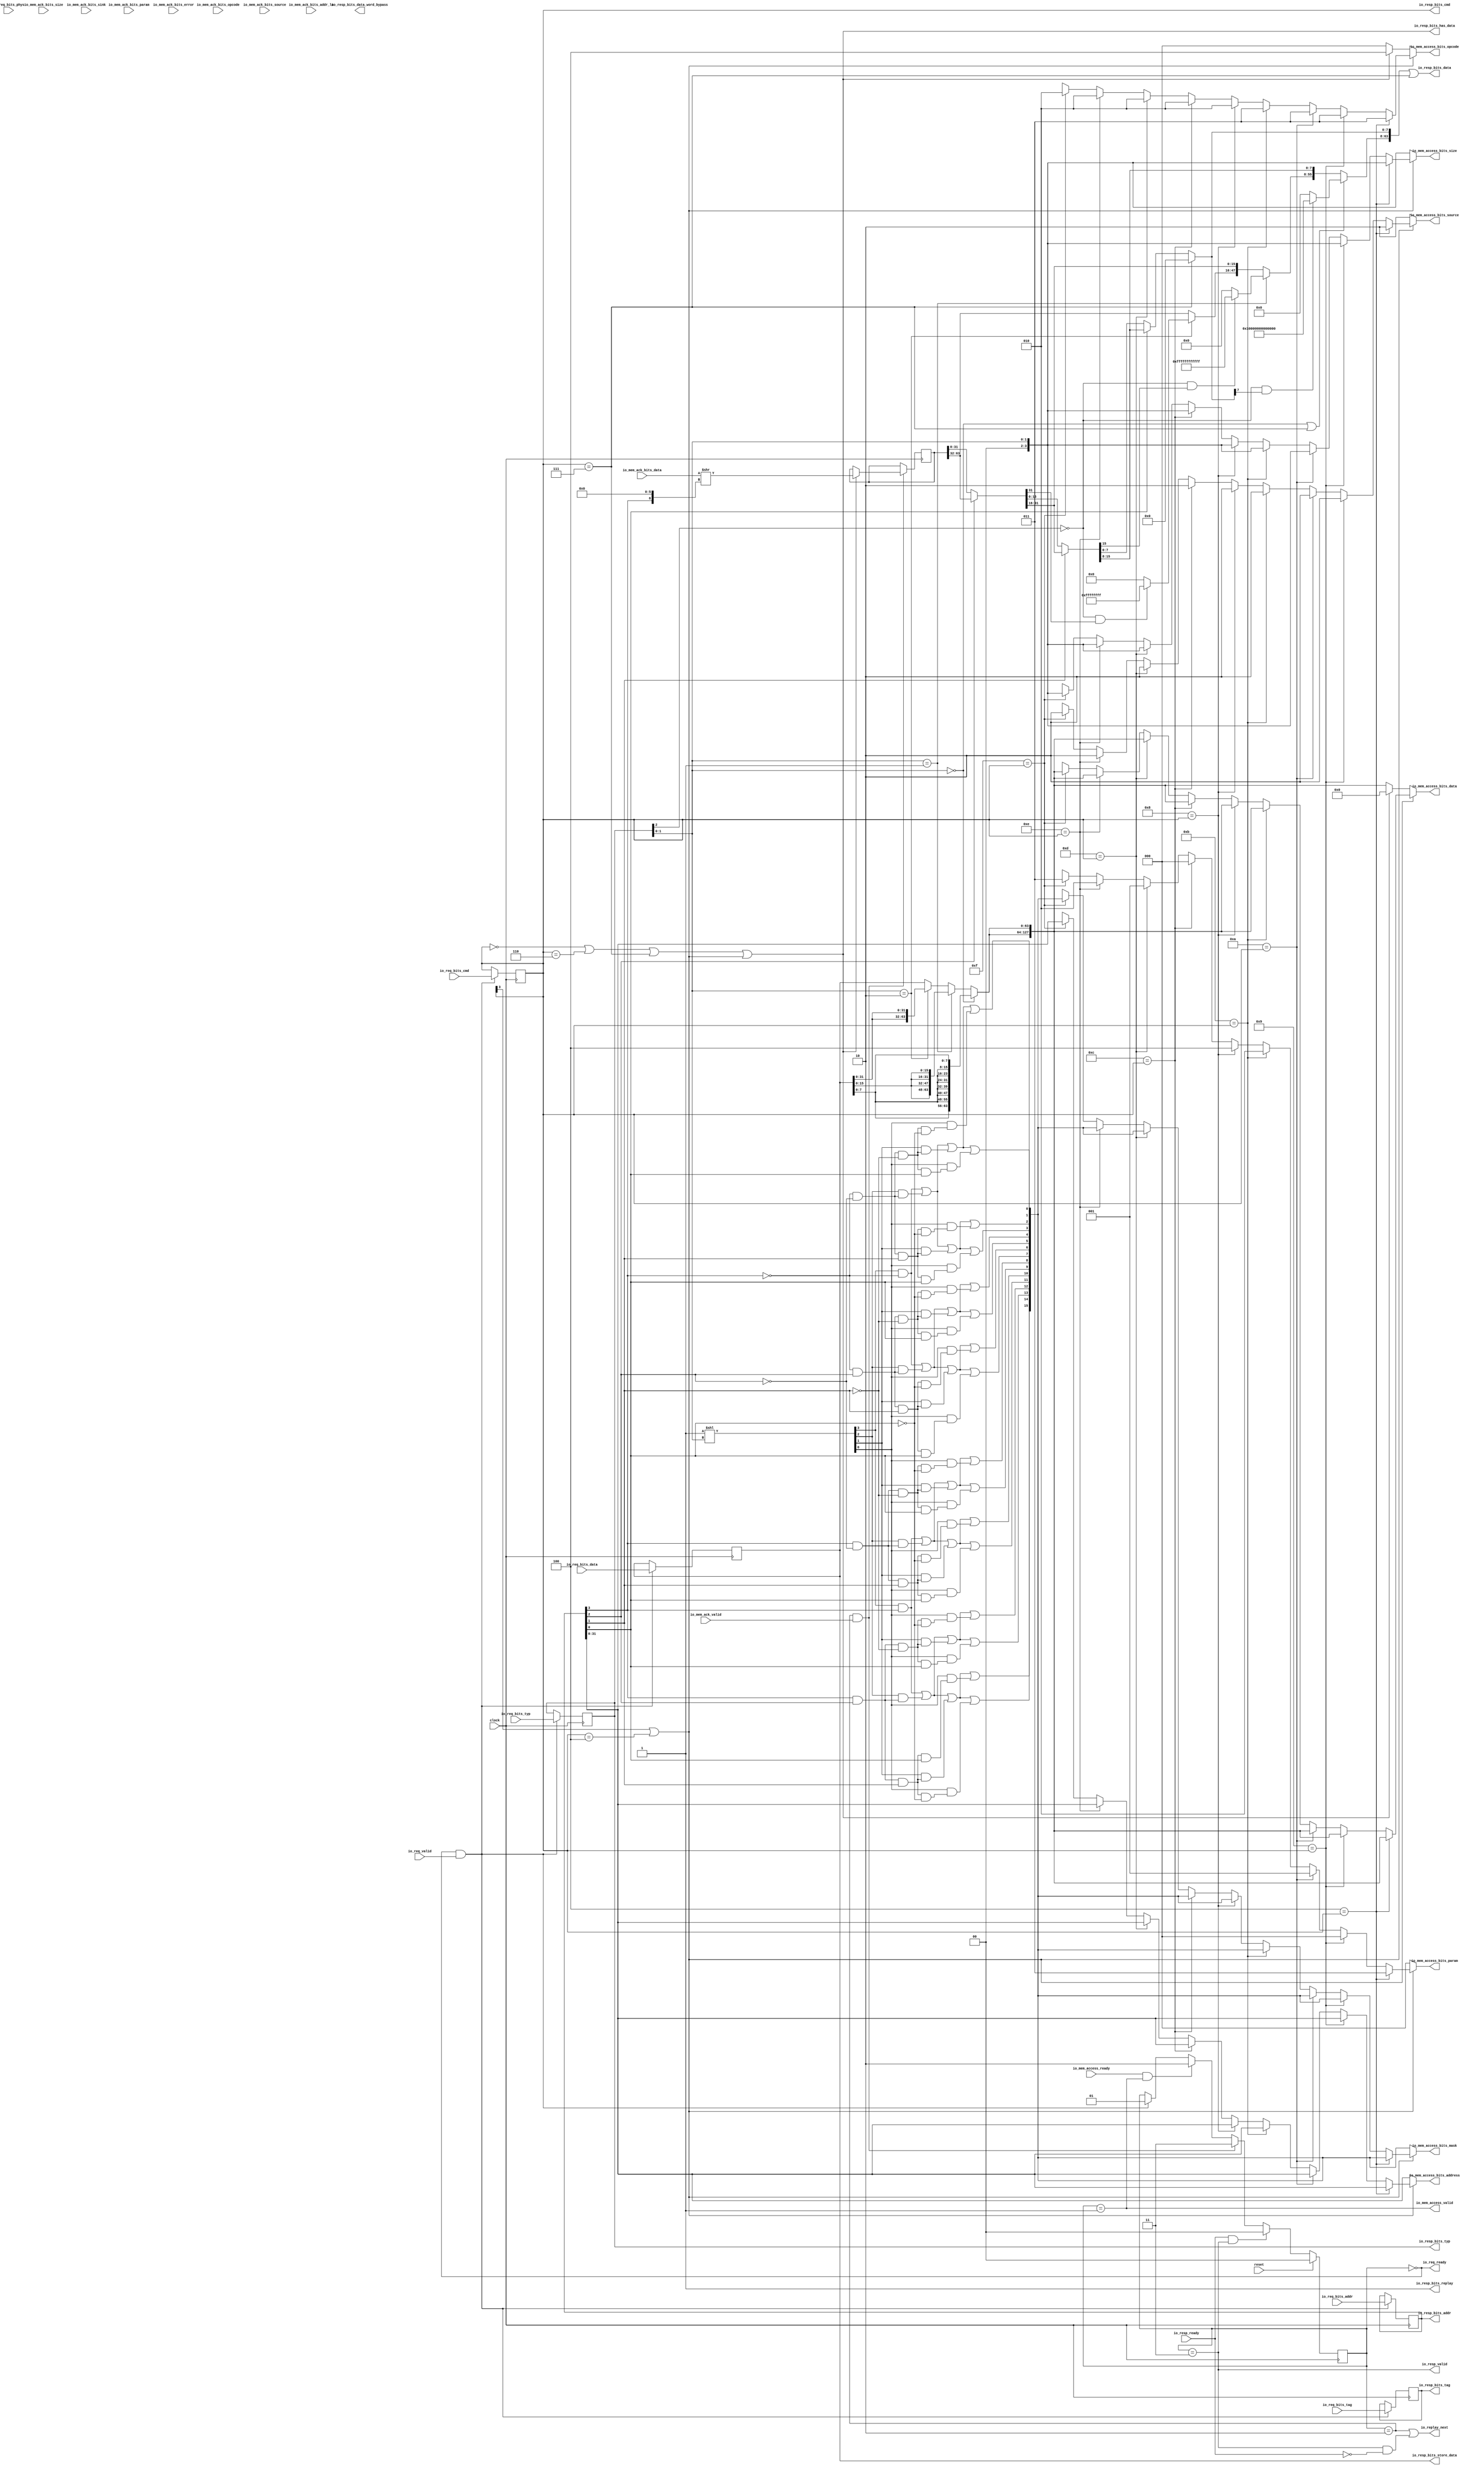
module IOMSHR(
  input   clock,
  input   reset,
  output  io_req_ready,
  input   io_req_valid,
  input  [39:0] io_req_bits_addr,
  input  [6:0] io_req_bits_tag,
  input  [4:0] io_req_bits_cmd,
  input  [2:0] io_req_bits_typ,
  input   io_req_bits_phys,
  input  [63:0] io_req_bits_data,
  input   io_resp_ready,
  output  io_resp_valid,
  output [39:0] io_resp_bits_addr,
  output [6:0] io_resp_bits_tag,
  output [4:0] io_resp_bits_cmd,
  output [2:0] io_resp_bits_typ,
  output [63:0] io_resp_bits_data,
  output  io_resp_bits_replay,
  output  io_resp_bits_has_data,
  output [63:0] io_resp_bits_data_word_bypass,
  output [63:0] io_resp_bits_store_data,
  input   io_mem_access_ready,
  output  io_mem_access_valid,
  output [2:0] io_mem_access_bits_opcode,
  output [2:0] io_mem_access_bits_param,
  output [3:0] io_mem_access_bits_size,
  output [1:0] io_mem_access_bits_source,
  output [31:0] io_mem_access_bits_address,
  output [15:0] io_mem_access_bits_mask,
  output [127:0] io_mem_access_bits_data,
  input   io_mem_ack_valid,
  input  [2:0] io_mem_ack_bits_opcode,
  input  [1:0] io_mem_ack_bits_param,
  input  [3:0] io_mem_ack_bits_size,
  input  [1:0] io_mem_ack_bits_source,
  input  [3:0] io_mem_ack_bits_sink,
  input  [3:0] io_mem_ack_bits_addr_lo,
  input  [127:0] io_mem_ack_bits_data,
  input   io_mem_ack_bits_error,
  output  io_replay_next
);
  reg [39:0] req_addr;
  reg [63:0] _GEN_21;
  reg [6:0] req_tag;
  reg [31:0] _GEN_22;
  reg [4:0] req_cmd;
  reg [31:0] _GEN_23;
  reg [2:0] req_typ;
  reg [31:0] _GEN_24;
  reg  req_phys;
  reg [31:0] _GEN_25;
  reg [63:0] req_data;
  reg [63:0] _GEN_26;
  wire  req_cmd_sc;
  reg [63:0] grant_word;
  reg [63:0] _GEN_27;
  reg [1:0] state;
  reg [31:0] _GEN_28;
  wire  _T_179;
  wire [1:0] a_size;
  wire  _T_180;
  wire  _T_182;
  wire  _T_185;
  wire [7:0] _T_186;
  wire [15:0] _T_187;
  wire [31:0] _T_188;
  wire [63:0] _T_189;
  wire  _T_191;
  wire [15:0] _T_192;
  wire [31:0] _T_193;
  wire [63:0] _T_194;
  wire  _T_196;
  wire [31:0] _T_197;
  wire [63:0] _T_198;
  wire [63:0] _T_199;
  wire [63:0] _T_200;
  wire [63:0] _T_201;
  wire [127:0] a_data;
  wire [39:0] _T_203;
  wire [40:0] _T_204;
  wire [40:0] _T_206;
  wire [40:0] _T_207;
  wire  _T_209;
  wire [39:0] _T_211;
  wire [40:0] _T_212;
  wire [40:0] _T_214;
  wire [40:0] _T_215;
  wire  _T_217;
  wire [40:0] _T_220;
  wire [40:0] _T_222;
  wire [40:0] _T_223;
  wire  _T_225;
  wire [39:0] _T_227;
  wire [40:0] _T_228;
  wire [40:0] _T_230;
  wire [40:0] _T_231;
  wire  _T_233;
  wire [39:0] _T_235;
  wire [40:0] _T_236;
  wire [40:0] _T_238;
  wire [40:0] _T_239;
  wire  _T_241;
  wire [39:0] _T_243;
  wire [40:0] _T_244;
  wire [40:0] _T_246;
  wire [40:0] _T_247;
  wire  _T_249;
  wire [39:0] _T_251;
  wire [40:0] _T_252;
  wire [40:0] _T_254;
  wire [40:0] _T_255;
  wire  _T_257;
  wire  _T_268_0;
  wire  _T_268_1;
  wire  _T_268_2;
  wire  _T_268_3;
  wire  _T_268_4;
  wire  _T_268_5;
  wire  _T_268_6;
  wire  _T_335;
  wire  _T_336;
  wire  _T_337;
  wire  _T_338;
  wire  _T_339;
  wire  _T_340;
  wire  _T_341;
  wire [2:0] get_opcode;
  wire [2:0] get_param;
  wire [3:0] get_size;
  wire [1:0] get_source;
  wire [31:0] get_address;
  wire [15:0] get_mask;
  wire [127:0] get_data;
  wire [3:0] _T_361;
  wire  _T_366;
  wire  _T_367;
  wire  _T_369;
  wire  _T_371;
  wire  _T_374;
  wire  _T_376;
  wire  _T_377;
  wire  _T_379;
  wire  _T_380;
  wire  _T_381;
  wire  _T_382;
  wire  _T_383;
  wire  _T_384;
  wire  _T_385;
  wire  _T_386;
  wire  _T_387;
  wire  _T_388;
  wire  _T_389;
  wire  _T_390;
  wire  _T_391;
  wire  _T_392;
  wire  _T_393;
  wire  _T_395;
  wire  _T_396;
  wire  _T_397;
  wire  _T_398;
  wire  _T_399;
  wire  _T_400;
  wire  _T_401;
  wire  _T_402;
  wire  _T_403;
  wire  _T_404;
  wire  _T_405;
  wire  _T_406;
  wire  _T_407;
  wire  _T_408;
  wire  _T_409;
  wire  _T_410;
  wire  _T_411;
  wire  _T_412;
  wire  _T_413;
  wire  _T_414;
  wire  _T_415;
  wire  _T_416;
  wire  _T_417;
  wire  _T_418;
  wire  _T_419;
  wire  _T_420;
  wire  _T_421;
  wire  _T_423;
  wire  _T_424;
  wire  _T_425;
  wire  _T_426;
  wire  _T_427;
  wire  _T_428;
  wire  _T_429;
  wire  _T_430;
  wire  _T_431;
  wire  _T_432;
  wire  _T_433;
  wire  _T_434;
  wire  _T_435;
  wire  _T_436;
  wire  _T_437;
  wire  _T_438;
  wire  _T_439;
  wire  _T_440;
  wire  _T_441;
  wire  _T_442;
  wire  _T_443;
  wire  _T_444;
  wire  _T_445;
  wire  _T_446;
  wire  _T_447;
  wire  _T_448;
  wire  _T_449;
  wire  _T_450;
  wire  _T_451;
  wire  _T_452;
  wire  _T_453;
  wire  _T_454;
  wire  _T_455;
  wire  _T_456;
  wire  _T_457;
  wire  _T_458;
  wire  _T_459;
  wire  _T_460;
  wire  _T_461;
  wire  _T_462;
  wire  _T_463;
  wire  _T_464;
  wire  _T_465;
  wire  _T_466;
  wire  _T_467;
  wire  _T_468;
  wire  _T_469;
  wire  _T_470;
  wire  _T_471;
  wire [1:0] _T_472;
  wire [1:0] _T_473;
  wire [3:0] _T_474;
  wire [1:0] _T_475;
  wire [1:0] _T_476;
  wire [3:0] _T_477;
  wire [7:0] _T_478;
  wire [1:0] _T_479;
  wire [1:0] _T_480;
  wire [3:0] _T_481;
  wire [1:0] _T_482;
  wire [1:0] _T_483;
  wire [3:0] _T_484;
  wire [7:0] _T_485;
  wire [15:0] _T_486;
  wire  _T_554_0;
  wire  _T_554_1;
  wire  _T_554_2;
  wire  _T_554_3;
  wire  _T_554_4;
  wire  _T_554_5;
  wire  _T_554_6;
  wire  _T_617;
  wire  _T_618;
  wire  _T_619;
  wire  _T_620;
  wire  _T_621;
  wire  _T_623;
  wire [2:0] put_opcode;
  wire [2:0] put_param;
  wire [3:0] put_size;
  wire [1:0] put_source;
  wire [31:0] put_address;
  wire [15:0] put_mask;
  wire [127:0] put_data;
  wire [2:0] _T_777_opcode;
  wire [2:0] _T_777_param;
  wire [3:0] _T_777_size;
  wire [1:0] _T_777_source;
  wire [31:0] _T_777_address;
  wire [15:0] _T_777_mask;
  wire [127:0] _T_777_data;
  wire  _T_853_0;
  wire  _T_853_1;
  wire  _T_853_2;
  wire  _T_853_3;
  wire  _T_853_4;
  wire  _T_853_5;
  wire  _T_853_6;
  wire  _T_905;
  wire  _T_908;
  wire  _T_910;
  wire [2:0] _T_919_opcode;
  wire [2:0] _T_919_param;
  wire [3:0] _T_919_size;
  wire [1:0] _T_919_source;
  wire [31:0] _T_919_address;
  wire [15:0] _T_919_mask;
  wire [127:0] _T_919_data;
  wire  _T_1124_0;
  wire  _T_1124_1;
  wire  _T_1124_2;
  wire  _T_1124_3;
  wire  _T_1124_4;
  wire  _T_1124_5;
  wire  _T_1124_6;
  wire  _T_1176;
  wire  _T_1179;
  wire  _T_1181;
  wire [2:0] _T_1190_opcode;
  wire [2:0] _T_1190_param;
  wire [3:0] _T_1190_size;
  wire [1:0] _T_1190_source;
  wire [31:0] _T_1190_address;
  wire [15:0] _T_1190_mask;
  wire [127:0] _T_1190_data;
  wire  _T_1395_0;
  wire  _T_1395_1;
  wire  _T_1395_2;
  wire  _T_1395_3;
  wire  _T_1395_4;
  wire  _T_1395_5;
  wire  _T_1395_6;
  wire  _T_1447;
  wire  _T_1450;
  wire  _T_1452;
  wire [2:0] _T_1461_opcode;
  wire [2:0] _T_1461_param;
  wire [3:0] _T_1461_size;
  wire [1:0] _T_1461_source;
  wire [31:0] _T_1461_address;
  wire [15:0] _T_1461_mask;
  wire [127:0] _T_1461_data;
  wire  _T_1666_0;
  wire  _T_1666_1;
  wire  _T_1666_2;
  wire  _T_1666_3;
  wire  _T_1666_4;
  wire  _T_1666_5;
  wire  _T_1666_6;
  wire  _T_1718;
  wire  _T_1721;
  wire  _T_1723;
  wire [2:0] _T_1732_opcode;
  wire [2:0] _T_1732_param;
  wire [3:0] _T_1732_size;
  wire [1:0] _T_1732_source;
  wire [31:0] _T_1732_address;
  wire [15:0] _T_1732_mask;
  wire [127:0] _T_1732_data;
  wire  _T_1937_0;
  wire  _T_1937_1;
  wire  _T_1937_2;
  wire  _T_1937_3;
  wire  _T_1937_4;
  wire  _T_1937_5;
  wire  _T_1937_6;
  wire  _T_1989;
  wire  _T_1992;
  wire  _T_1994;
  wire [2:0] _T_2003_opcode;
  wire [2:0] _T_2003_param;
  wire [3:0] _T_2003_size;
  wire [1:0] _T_2003_source;
  wire [31:0] _T_2003_address;
  wire [15:0] _T_2003_mask;
  wire [127:0] _T_2003_data;
  wire  _T_2208_0;
  wire  _T_2208_1;
  wire  _T_2208_2;
  wire  _T_2208_3;
  wire  _T_2208_4;
  wire  _T_2208_5;
  wire  _T_2208_6;
  wire  _T_2260;
  wire  _T_2263;
  wire  _T_2265;
  wire [2:0] _T_2274_opcode;
  wire [2:0] _T_2274_param;
  wire [3:0] _T_2274_size;
  wire [1:0] _T_2274_source;
  wire [31:0] _T_2274_address;
  wire [15:0] _T_2274_mask;
  wire [127:0] _T_2274_data;
  wire  _T_2479_0;
  wire  _T_2479_1;
  wire  _T_2479_2;
  wire  _T_2479_3;
  wire  _T_2479_4;
  wire  _T_2479_5;
  wire  _T_2479_6;
  wire  _T_2531;
  wire  _T_2534;
  wire  _T_2536;
  wire [2:0] _T_2545_opcode;
  wire [2:0] _T_2545_param;
  wire [3:0] _T_2545_size;
  wire [1:0] _T_2545_source;
  wire [31:0] _T_2545_address;
  wire [15:0] _T_2545_mask;
  wire [127:0] _T_2545_data;
  wire  _T_2750_0;
  wire  _T_2750_1;
  wire  _T_2750_2;
  wire  _T_2750_3;
  wire  _T_2750_4;
  wire  _T_2750_5;
  wire  _T_2750_6;
  wire  _T_2802;
  wire  _T_2805;
  wire  _T_2807;
  wire [2:0] _T_2816_opcode;
  wire [2:0] _T_2816_param;
  wire [3:0] _T_2816_size;
  wire [1:0] _T_2816_source;
  wire [31:0] _T_2816_address;
  wire [15:0] _T_2816_mask;
  wire [127:0] _T_2816_data;
  wire  _T_3021_0;
  wire  _T_3021_1;
  wire  _T_3021_2;
  wire  _T_3021_3;
  wire  _T_3021_4;
  wire  _T_3021_5;
  wire  _T_3021_6;
  wire  _T_3073;
  wire  _T_3076;
  wire  _T_3078;
  wire [2:0] _T_3087_opcode;
  wire [2:0] _T_3087_param;
  wire [3:0] _T_3087_size;
  wire [1:0] _T_3087_source;
  wire [31:0] _T_3087_address;
  wire [15:0] _T_3087_mask;
  wire [127:0] _T_3087_data;
  wire  _T_3224;
  wire [2:0] _T_3225_opcode;
  wire [2:0] _T_3225_param;
  wire [3:0] _T_3225_size;
  wire [1:0] _T_3225_source;
  wire [31:0] _T_3225_address;
  wire [15:0] _T_3225_mask;
  wire [127:0] _T_3225_data;
  wire  _T_3233;
  wire [2:0] _T_3234_opcode;
  wire [2:0] _T_3234_param;
  wire [3:0] _T_3234_size;
  wire [1:0] _T_3234_source;
  wire [31:0] _T_3234_address;
  wire [15:0] _T_3234_mask;
  wire [127:0] _T_3234_data;
  wire  _T_3242;
  wire [2:0] _T_3243_opcode;
  wire [2:0] _T_3243_param;
  wire [3:0] _T_3243_size;
  wire [1:0] _T_3243_source;
  wire [31:0] _T_3243_address;
  wire [15:0] _T_3243_mask;
  wire [127:0] _T_3243_data;
  wire  _T_3251;
  wire [2:0] _T_3252_opcode;
  wire [2:0] _T_3252_param;
  wire [3:0] _T_3252_size;
  wire [1:0] _T_3252_source;
  wire [31:0] _T_3252_address;
  wire [15:0] _T_3252_mask;
  wire [127:0] _T_3252_data;
  wire  _T_3260;
  wire [2:0] _T_3261_opcode;
  wire [2:0] _T_3261_param;
  wire [3:0] _T_3261_size;
  wire [1:0] _T_3261_source;
  wire [31:0] _T_3261_address;
  wire [15:0] _T_3261_mask;
  wire [127:0] _T_3261_data;
  wire  _T_3269;
  wire [2:0] _T_3270_opcode;
  wire [2:0] _T_3270_param;
  wire [3:0] _T_3270_size;
  wire [1:0] _T_3270_source;
  wire [31:0] _T_3270_address;
  wire [15:0] _T_3270_mask;
  wire [127:0] _T_3270_data;
  wire  _T_3278;
  wire [2:0] _T_3279_opcode;
  wire [2:0] _T_3279_param;
  wire [3:0] _T_3279_size;
  wire [1:0] _T_3279_source;
  wire [31:0] _T_3279_address;
  wire [15:0] _T_3279_mask;
  wire [127:0] _T_3279_data;
  wire  _T_3287;
  wire [2:0] _T_3288_opcode;
  wire [2:0] _T_3288_param;
  wire [3:0] _T_3288_size;
  wire [1:0] _T_3288_source;
  wire [31:0] _T_3288_address;
  wire [15:0] _T_3288_mask;
  wire [127:0] _T_3288_data;
  wire  _T_3296;
  wire [2:0] atomics_opcode;
  wire [2:0] atomics_param;
  wire [3:0] atomics_size;
  wire [1:0] atomics_source;
  wire [31:0] atomics_address;
  wire [15:0] atomics_mask;
  wire [127:0] atomics_data;
  wire  _T_3304;
  wire  _T_3305;
  wire  _T_3307;
  wire  _T_3308;
  wire  _T_3310;
  wire  _T_3312;
  wire  _T_3313;
  wire  _T_3316;
  wire  _T_3321;
  wire [2:0] _T_3322_opcode;
  wire [2:0] _T_3322_param;
  wire [3:0] _T_3322_size;
  wire [1:0] _T_3322_source;
  wire [31:0] _T_3322_address;
  wire [15:0] _T_3322_mask;
  wire [127:0] _T_3322_data;
  wire [2:0] _T_3330_opcode;
  wire [2:0] _T_3330_param;
  wire [3:0] _T_3330_size;
  wire [1:0] _T_3330_source;
  wire [31:0] _T_3330_address;
  wire [15:0] _T_3330_mask;
  wire [127:0] _T_3330_data;
  wire  _T_3338;
  wire  _T_3340;
  wire  _T_3341;
  wire  _T_3342;
  wire  _T_3343;
  wire [31:0] _T_3358;
  wire [31:0] _T_3359;
  wire [31:0] _T_3360;
  wire  _T_3368;
  wire  _T_3369;
  wire [31:0] _T_3373;
  wire [31:0] _T_3375;
  wire [63:0] _T_3376;
  wire [15:0] _T_3378;
  wire [15:0] _T_3379;
  wire [15:0] _T_3380;
  wire  _T_3388;
  wire  _T_3389;
  wire [47:0] _T_3393;
  wire [47:0] _T_3394;
  wire [47:0] _T_3395;
  wire [63:0] _T_3396;
  wire [7:0] _T_3398;
  wire [7:0] _T_3399;
  wire [7:0] _T_3400;
  wire [7:0] _T_3404;
  wire  _T_3407;
  wire  _T_3408;
  wire  _T_3409;
  wire [55:0] _T_3413;
  wire [55:0] _T_3414;
  wire [55:0] _T_3415;
  wire [63:0] _T_3416;
  wire [63:0] _GEN_12;
  wire [63:0] _T_3417;
  wire  _T_3419;
  wire [39:0] _GEN_0;
  wire [6:0] _GEN_1;
  wire [4:0] _GEN_2;
  wire [2:0] _GEN_3;
  wire  _GEN_4;
  wire [63:0] _GEN_5;
  wire [1:0] _GEN_6;
  wire  _T_3420;
  wire [1:0] _GEN_7;
  wire  _T_3422;
  wire [6:0] _T_3438;
  wire [127:0] _T_3439;
  wire [63:0] _T_3440;
  wire [63:0] _GEN_8;
  wire [1:0] _GEN_9;
  wire [63:0] _GEN_10;
  wire  _T_3441;
  wire [1:0] _GEN_11;
  reg [63:0] _GEN_13;
  reg [63:0] _GEN_29;
  reg [2:0] _GEN_14;
  reg [31:0] _GEN_30;
  reg [2:0] _GEN_15;
  reg [31:0] _GEN_31;
  reg [3:0] _GEN_16;
  reg [31:0] _GEN_32;
  reg [1:0] _GEN_17;
  reg [31:0] _GEN_33;
  reg [31:0] _GEN_18;
  reg [31:0] _GEN_34;
  reg [15:0] _GEN_19;
  reg [31:0] _GEN_35;
  reg [127:0] _GEN_20;
  reg [127:0] _GEN_36;
  assign io_req_ready = _T_179;
  assign io_resp_valid = _T_3343;
  assign io_resp_bits_addr = req_addr;
  assign io_resp_bits_tag = req_tag;
  assign io_resp_bits_cmd = req_cmd;
  assign io_resp_bits_typ = req_typ;
  assign io_resp_bits_data = _T_3417;
  assign io_resp_bits_replay = 1'h1;
  assign io_resp_bits_has_data = _T_3321;
  assign io_resp_bits_data_word_bypass = _GEN_13;
  assign io_resp_bits_store_data = req_data;
  assign io_mem_access_valid = _T_3304;
  assign io_mem_access_bits_opcode = _T_3330_opcode;
  assign io_mem_access_bits_param = _T_3330_param;
  assign io_mem_access_bits_size = _T_3330_size;
  assign io_mem_access_bits_source = _T_3330_source;
  assign io_mem_access_bits_address = _T_3330_address;
  assign io_mem_access_bits_mask = _T_3330_mask;
  assign io_mem_access_bits_data = _T_3330_data;
  assign io_replay_next = _T_3342;
  assign req_cmd_sc = req_cmd == 5'h7;
  assign _T_179 = state == 2'h0;
  assign a_size = req_typ[1:0];
  assign _T_180 = req_typ[2];
  assign _T_182 = _T_180 == 1'h0;
  assign _T_185 = a_size == 2'h0;
  assign _T_186 = req_data[7:0];
  assign _T_187 = {_T_186,_T_186};
  assign _T_188 = {_T_187,_T_187};
  assign _T_189 = {_T_188,_T_188};
  assign _T_191 = a_size == 2'h1;
  assign _T_192 = req_data[15:0];
  assign _T_193 = {_T_192,_T_192};
  assign _T_194 = {_T_193,_T_193};
  assign _T_196 = a_size == 2'h2;
  assign _T_197 = req_data[31:0];
  assign _T_198 = {_T_197,_T_197};
  assign _T_199 = _T_196 ? _T_198 : req_data;
  assign _T_200 = _T_191 ? _T_194 : _T_199;
  assign _T_201 = _T_185 ? _T_189 : _T_200;
  assign a_data = {_T_201,_T_201};
  assign _T_203 = req_addr ^ 40'hc000000;
  assign _T_204 = {1'b0,$signed(_T_203)};
  assign _T_206 = $signed(_T_204) & $signed(41'shac000000);
  assign _T_207 = $signed(_T_206);
  assign _T_209 = $signed(_T_207) == $signed(41'sh0);
  assign _T_211 = req_addr ^ 40'h20000000;
  assign _T_212 = {1'b0,$signed(_T_211)};
  assign _T_214 = $signed(_T_212) & $signed(41'sha0000000);
  assign _T_215 = $signed(_T_214);
  assign _T_217 = $signed(_T_215) == $signed(41'sh0);
  assign _T_220 = {1'b0,$signed(req_addr)};
  assign _T_222 = $signed(_T_220) & $signed(41'shafff1000);
  assign _T_223 = $signed(_T_222);
  assign _T_225 = $signed(_T_223) == $signed(41'sh0);
  assign _T_227 = req_addr ^ 40'h80000000;
  assign _T_228 = {1'b0,$signed(_T_227)};
  assign _T_230 = $signed(_T_228) & $signed(41'sha0000000);
  assign _T_231 = $signed(_T_230);
  assign _T_233 = $signed(_T_231) == $signed(41'sh0);
  assign _T_235 = req_addr ^ 40'ha000000;
  assign _T_236 = {1'b0,$signed(_T_235)};
  assign _T_238 = $signed(_T_236) & $signed(41'shae000000);
  assign _T_239 = $signed(_T_238);
  assign _T_241 = $signed(_T_239) == $signed(41'sh0);
  assign _T_243 = req_addr ^ 40'h2000000;
  assign _T_244 = {1'b0,$signed(_T_243)};
  assign _T_246 = $signed(_T_244) & $signed(41'shafff0000);
  assign _T_247 = $signed(_T_246);
  assign _T_249 = $signed(_T_247) == $signed(41'sh0);
  assign _T_251 = req_addr ^ 40'h1000;
  assign _T_252 = {1'b0,$signed(_T_251)};
  assign _T_254 = $signed(_T_252) & $signed(41'shafff1000);
  assign _T_255 = $signed(_T_254);
  assign _T_257 = $signed(_T_255) == $signed(41'sh0);
  assign _T_268_0 = _T_209;
  assign _T_268_1 = _T_217;
  assign _T_268_2 = _T_225;
  assign _T_268_3 = _T_233;
  assign _T_268_4 = _T_241;
  assign _T_268_5 = _T_249;
  assign _T_268_6 = _T_257;
  assign _T_335 = _T_268_0 | _T_268_1;
  assign _T_336 = _T_335 | _T_268_2;
  assign _T_337 = _T_336 | _T_268_3;
  assign _T_338 = _T_337 | _T_268_4;
  assign _T_339 = _T_338 | _T_268_5;
  assign _T_340 = _T_339 | _T_268_6;
  assign _T_341 = _T_340;
  assign get_opcode = 3'h4;
  assign get_param = 3'h0;
  assign get_size = {{2'd0}, a_size};
  assign get_source = 2'h2;
  assign get_address = req_addr[31:0];
  assign get_mask = _T_486;
  assign get_data = 128'h0;
  assign _T_361 = 4'h1 << a_size;
  assign _T_366 = _T_361[3];
  assign _T_367 = req_addr[3];
  assign _T_369 = _T_367 == 1'h0;
  assign _T_371 = _T_366 & _T_369;
  assign _T_374 = _T_366 & _T_367;
  assign _T_376 = _T_361[2];
  assign _T_377 = req_addr[2];
  assign _T_379 = _T_377 == 1'h0;
  assign _T_380 = _T_369 & _T_379;
  assign _T_381 = _T_376 & _T_380;
  assign _T_382 = _T_371 | _T_381;
  assign _T_383 = _T_369 & _T_377;
  assign _T_384 = _T_376 & _T_383;
  assign _T_385 = _T_371 | _T_384;
  assign _T_386 = _T_367 & _T_379;
  assign _T_387 = _T_376 & _T_386;
  assign _T_388 = _T_374 | _T_387;
  assign _T_389 = _T_367 & _T_377;
  assign _T_390 = _T_376 & _T_389;
  assign _T_391 = _T_374 | _T_390;
  assign _T_392 = _T_361[1];
  assign _T_393 = req_addr[1];
  assign _T_395 = _T_393 == 1'h0;
  assign _T_396 = _T_380 & _T_395;
  assign _T_397 = _T_392 & _T_396;
  assign _T_398 = _T_382 | _T_397;
  assign _T_399 = _T_380 & _T_393;
  assign _T_400 = _T_392 & _T_399;
  assign _T_401 = _T_382 | _T_400;
  assign _T_402 = _T_383 & _T_395;
  assign _T_403 = _T_392 & _T_402;
  assign _T_404 = _T_385 | _T_403;
  assign _T_405 = _T_383 & _T_393;
  assign _T_406 = _T_392 & _T_405;
  assign _T_407 = _T_385 | _T_406;
  assign _T_408 = _T_386 & _T_395;
  assign _T_409 = _T_392 & _T_408;
  assign _T_410 = _T_388 | _T_409;
  assign _T_411 = _T_386 & _T_393;
  assign _T_412 = _T_392 & _T_411;
  assign _T_413 = _T_388 | _T_412;
  assign _T_414 = _T_389 & _T_395;
  assign _T_415 = _T_392 & _T_414;
  assign _T_416 = _T_391 | _T_415;
  assign _T_417 = _T_389 & _T_393;
  assign _T_418 = _T_392 & _T_417;
  assign _T_419 = _T_391 | _T_418;
  assign _T_420 = _T_361[0];
  assign _T_421 = req_addr[0];
  assign _T_423 = _T_421 == 1'h0;
  assign _T_424 = _T_396 & _T_423;
  assign _T_425 = _T_420 & _T_424;
  assign _T_426 = _T_398 | _T_425;
  assign _T_427 = _T_396 & _T_421;
  assign _T_428 = _T_420 & _T_427;
  assign _T_429 = _T_398 | _T_428;
  assign _T_430 = _T_399 & _T_423;
  assign _T_431 = _T_420 & _T_430;
  assign _T_432 = _T_401 | _T_431;
  assign _T_433 = _T_399 & _T_421;
  assign _T_434 = _T_420 & _T_433;
  assign _T_435 = _T_401 | _T_434;
  assign _T_436 = _T_402 & _T_423;
  assign _T_437 = _T_420 & _T_436;
  assign _T_438 = _T_404 | _T_437;
  assign _T_439 = _T_402 & _T_421;
  assign _T_440 = _T_420 & _T_439;
  assign _T_441 = _T_404 | _T_440;
  assign _T_442 = _T_405 & _T_423;
  assign _T_443 = _T_420 & _T_442;
  assign _T_444 = _T_407 | _T_443;
  assign _T_445 = _T_405 & _T_421;
  assign _T_446 = _T_420 & _T_445;
  assign _T_447 = _T_407 | _T_446;
  assign _T_448 = _T_408 & _T_423;
  assign _T_449 = _T_420 & _T_448;
  assign _T_450 = _T_410 | _T_449;
  assign _T_451 = _T_408 & _T_421;
  assign _T_452 = _T_420 & _T_451;
  assign _T_453 = _T_410 | _T_452;
  assign _T_454 = _T_411 & _T_423;
  assign _T_455 = _T_420 & _T_454;
  assign _T_456 = _T_413 | _T_455;
  assign _T_457 = _T_411 & _T_421;
  assign _T_458 = _T_420 & _T_457;
  assign _T_459 = _T_413 | _T_458;
  assign _T_460 = _T_414 & _T_423;
  assign _T_461 = _T_420 & _T_460;
  assign _T_462 = _T_416 | _T_461;
  assign _T_463 = _T_414 & _T_421;
  assign _T_464 = _T_420 & _T_463;
  assign _T_465 = _T_416 | _T_464;
  assign _T_466 = _T_417 & _T_423;
  assign _T_467 = _T_420 & _T_466;
  assign _T_468 = _T_419 | _T_467;
  assign _T_469 = _T_417 & _T_421;
  assign _T_470 = _T_420 & _T_469;
  assign _T_471 = _T_419 | _T_470;
  assign _T_472 = {_T_429,_T_426};
  assign _T_473 = {_T_435,_T_432};
  assign _T_474 = {_T_473,_T_472};
  assign _T_475 = {_T_441,_T_438};
  assign _T_476 = {_T_447,_T_444};
  assign _T_477 = {_T_476,_T_475};
  assign _T_478 = {_T_477,_T_474};
  assign _T_479 = {_T_453,_T_450};
  assign _T_480 = {_T_459,_T_456};
  assign _T_481 = {_T_480,_T_479};
  assign _T_482 = {_T_465,_T_462};
  assign _T_483 = {_T_471,_T_468};
  assign _T_484 = {_T_483,_T_482};
  assign _T_485 = {_T_484,_T_481};
  assign _T_486 = {_T_485,_T_478};
  assign _T_554_0 = _T_209;
  assign _T_554_1 = _T_217;
  assign _T_554_2 = _T_225;
  assign _T_554_3 = _T_233;
  assign _T_554_4 = _T_241;
  assign _T_554_5 = _T_249;
  assign _T_554_6 = _T_257;
  assign _T_617 = _T_554_0 | _T_554_1;
  assign _T_618 = _T_617 | _T_554_2;
  assign _T_619 = _T_618 | _T_554_3;
  assign _T_620 = _T_619 | _T_554_4;
  assign _T_621 = _T_620 | _T_554_5;
  assign _T_623 = _T_621;
  assign put_opcode = 3'h0;
  assign put_param = 3'h0;
  assign put_size = {{2'd0}, a_size};
  assign put_source = 2'h2;
  assign put_address = req_addr[31:0];
  assign put_mask = _T_486;
  assign put_data = a_data;
  assign _T_777_opcode = _GEN_14;
  assign _T_777_param = _GEN_15;
  assign _T_777_size = _GEN_16;
  assign _T_777_source = _GEN_17;
  assign _T_777_address = _GEN_18;
  assign _T_777_mask = _GEN_19;
  assign _T_777_data = _GEN_20;
  assign _T_853_0 = _T_209;
  assign _T_853_1 = _T_217;
  assign _T_853_2 = _T_225;
  assign _T_853_3 = _T_233;
  assign _T_853_4 = _T_241;
  assign _T_853_5 = _T_249;
  assign _T_853_6 = _T_257;
  assign _T_905 = _T_853_0 | _T_853_2;
  assign _T_908 = _T_905 | _T_853_5;
  assign _T_910 = _T_908;
  assign _T_919_opcode = 3'h3;
  assign _T_919_param = 3'h3;
  assign _T_919_size = {{2'd0}, a_size};
  assign _T_919_source = 2'h2;
  assign _T_919_address = req_addr[31:0];
  assign _T_919_mask = _T_486;
  assign _T_919_data = a_data;
  assign _T_1124_0 = _T_209;
  assign _T_1124_1 = _T_217;
  assign _T_1124_2 = _T_225;
  assign _T_1124_3 = _T_233;
  assign _T_1124_4 = _T_241;
  assign _T_1124_5 = _T_249;
  assign _T_1124_6 = _T_257;
  assign _T_1176 = _T_1124_0 | _T_1124_2;
  assign _T_1179 = _T_1176 | _T_1124_5;
  assign _T_1181 = _T_1179;
  assign _T_1190_opcode = 3'h3;
  assign _T_1190_param = 3'h0;
  assign _T_1190_size = {{2'd0}, a_size};
  assign _T_1190_source = 2'h2;
  assign _T_1190_address = req_addr[31:0];
  assign _T_1190_mask = _T_486;
  assign _T_1190_data = a_data;
  assign _T_1395_0 = _T_209;
  assign _T_1395_1 = _T_217;
  assign _T_1395_2 = _T_225;
  assign _T_1395_3 = _T_233;
  assign _T_1395_4 = _T_241;
  assign _T_1395_5 = _T_249;
  assign _T_1395_6 = _T_257;
  assign _T_1447 = _T_1395_0 | _T_1395_2;
  assign _T_1450 = _T_1447 | _T_1395_5;
  assign _T_1452 = _T_1450;
  assign _T_1461_opcode = 3'h3;
  assign _T_1461_param = 3'h1;
  assign _T_1461_size = {{2'd0}, a_size};
  assign _T_1461_source = 2'h2;
  assign _T_1461_address = req_addr[31:0];
  assign _T_1461_mask = _T_486;
  assign _T_1461_data = a_data;
  assign _T_1666_0 = _T_209;
  assign _T_1666_1 = _T_217;
  assign _T_1666_2 = _T_225;
  assign _T_1666_3 = _T_233;
  assign _T_1666_4 = _T_241;
  assign _T_1666_5 = _T_249;
  assign _T_1666_6 = _T_257;
  assign _T_1718 = _T_1666_0 | _T_1666_2;
  assign _T_1721 = _T_1718 | _T_1666_5;
  assign _T_1723 = _T_1721;
  assign _T_1732_opcode = 3'h3;
  assign _T_1732_param = 3'h2;
  assign _T_1732_size = {{2'd0}, a_size};
  assign _T_1732_source = 2'h2;
  assign _T_1732_address = req_addr[31:0];
  assign _T_1732_mask = _T_486;
  assign _T_1732_data = a_data;
  assign _T_1937_0 = _T_209;
  assign _T_1937_1 = _T_217;
  assign _T_1937_2 = _T_225;
  assign _T_1937_3 = _T_233;
  assign _T_1937_4 = _T_241;
  assign _T_1937_5 = _T_249;
  assign _T_1937_6 = _T_257;
  assign _T_1989 = _T_1937_0 | _T_1937_2;
  assign _T_1992 = _T_1989 | _T_1937_5;
  assign _T_1994 = _T_1992;
  assign _T_2003_opcode = 3'h2;
  assign _T_2003_param = 3'h4;
  assign _T_2003_size = {{2'd0}, a_size};
  assign _T_2003_source = 2'h2;
  assign _T_2003_address = req_addr[31:0];
  assign _T_2003_mask = _T_486;
  assign _T_2003_data = a_data;
  assign _T_2208_0 = _T_209;
  assign _T_2208_1 = _T_217;
  assign _T_2208_2 = _T_225;
  assign _T_2208_3 = _T_233;
  assign _T_2208_4 = _T_241;
  assign _T_2208_5 = _T_249;
  assign _T_2208_6 = _T_257;
  assign _T_2260 = _T_2208_0 | _T_2208_2;
  assign _T_2263 = _T_2260 | _T_2208_5;
  assign _T_2265 = _T_2263;
  assign _T_2274_opcode = 3'h2;
  assign _T_2274_param = 3'h0;
  assign _T_2274_size = {{2'd0}, a_size};
  assign _T_2274_source = 2'h2;
  assign _T_2274_address = req_addr[31:0];
  assign _T_2274_mask = _T_486;
  assign _T_2274_data = a_data;
  assign _T_2479_0 = _T_209;
  assign _T_2479_1 = _T_217;
  assign _T_2479_2 = _T_225;
  assign _T_2479_3 = _T_233;
  assign _T_2479_4 = _T_241;
  assign _T_2479_5 = _T_249;
  assign _T_2479_6 = _T_257;
  assign _T_2531 = _T_2479_0 | _T_2479_2;
  assign _T_2534 = _T_2531 | _T_2479_5;
  assign _T_2536 = _T_2534;
  assign _T_2545_opcode = 3'h2;
  assign _T_2545_param = 3'h1;
  assign _T_2545_size = {{2'd0}, a_size};
  assign _T_2545_source = 2'h2;
  assign _T_2545_address = req_addr[31:0];
  assign _T_2545_mask = _T_486;
  assign _T_2545_data = a_data;
  assign _T_2750_0 = _T_209;
  assign _T_2750_1 = _T_217;
  assign _T_2750_2 = _T_225;
  assign _T_2750_3 = _T_233;
  assign _T_2750_4 = _T_241;
  assign _T_2750_5 = _T_249;
  assign _T_2750_6 = _T_257;
  assign _T_2802 = _T_2750_0 | _T_2750_2;
  assign _T_2805 = _T_2802 | _T_2750_5;
  assign _T_2807 = _T_2805;
  assign _T_2816_opcode = 3'h2;
  assign _T_2816_param = 3'h2;
  assign _T_2816_size = {{2'd0}, a_size};
  assign _T_2816_source = 2'h2;
  assign _T_2816_address = req_addr[31:0];
  assign _T_2816_mask = _T_486;
  assign _T_2816_data = a_data;
  assign _T_3021_0 = _T_209;
  assign _T_3021_1 = _T_217;
  assign _T_3021_2 = _T_225;
  assign _T_3021_3 = _T_233;
  assign _T_3021_4 = _T_241;
  assign _T_3021_5 = _T_249;
  assign _T_3021_6 = _T_257;
  assign _T_3073 = _T_3021_0 | _T_3021_2;
  assign _T_3076 = _T_3073 | _T_3021_5;
  assign _T_3078 = _T_3076;
  assign _T_3087_opcode = 3'h2;
  assign _T_3087_param = 3'h3;
  assign _T_3087_size = {{2'd0}, a_size};
  assign _T_3087_source = 2'h2;
  assign _T_3087_address = req_addr[31:0];
  assign _T_3087_mask = _T_486;
  assign _T_3087_data = a_data;
  assign _T_3224 = 5'hf == req_cmd;
  assign _T_3225_opcode = _T_3224 ? _T_3087_opcode : _T_777_opcode;
  assign _T_3225_param = _T_3224 ? _T_3087_param : _T_777_param;
  assign _T_3225_size = _T_3224 ? _T_3087_size : _T_777_size;
  assign _T_3225_source = _T_3224 ? _T_3087_source : _T_777_source;
  assign _T_3225_address = _T_3224 ? _T_3087_address : _T_777_address;
  assign _T_3225_mask = _T_3224 ? _T_3087_mask : _T_777_mask;
  assign _T_3225_data = _T_3224 ? _T_3087_data : _T_777_data;
  assign _T_3233 = 5'he == req_cmd;
  assign _T_3234_opcode = _T_3233 ? _T_2816_opcode : _T_3225_opcode;
  assign _T_3234_param = _T_3233 ? _T_2816_param : _T_3225_param;
  assign _T_3234_size = _T_3233 ? _T_2816_size : _T_3225_size;
  assign _T_3234_source = _T_3233 ? _T_2816_source : _T_3225_source;
  assign _T_3234_address = _T_3233 ? _T_2816_address : _T_3225_address;
  assign _T_3234_mask = _T_3233 ? _T_2816_mask : _T_3225_mask;
  assign _T_3234_data = _T_3233 ? _T_2816_data : _T_3225_data;
  assign _T_3242 = 5'hd == req_cmd;
  assign _T_3243_opcode = _T_3242 ? _T_2545_opcode : _T_3234_opcode;
  assign _T_3243_param = _T_3242 ? _T_2545_param : _T_3234_param;
  assign _T_3243_size = _T_3242 ? _T_2545_size : _T_3234_size;
  assign _T_3243_source = _T_3242 ? _T_2545_source : _T_3234_source;
  assign _T_3243_address = _T_3242 ? _T_2545_address : _T_3234_address;
  assign _T_3243_mask = _T_3242 ? _T_2545_mask : _T_3234_mask;
  assign _T_3243_data = _T_3242 ? _T_2545_data : _T_3234_data;
  assign _T_3251 = 5'hc == req_cmd;
  assign _T_3252_opcode = _T_3251 ? _T_2274_opcode : _T_3243_opcode;
  assign _T_3252_param = _T_3251 ? _T_2274_param : _T_3243_param;
  assign _T_3252_size = _T_3251 ? _T_2274_size : _T_3243_size;
  assign _T_3252_source = _T_3251 ? _T_2274_source : _T_3243_source;
  assign _T_3252_address = _T_3251 ? _T_2274_address : _T_3243_address;
  assign _T_3252_mask = _T_3251 ? _T_2274_mask : _T_3243_mask;
  assign _T_3252_data = _T_3251 ? _T_2274_data : _T_3243_data;
  assign _T_3260 = 5'h8 == req_cmd;
  assign _T_3261_opcode = _T_3260 ? _T_2003_opcode : _T_3252_opcode;
  assign _T_3261_param = _T_3260 ? _T_2003_param : _T_3252_param;
  assign _T_3261_size = _T_3260 ? _T_2003_size : _T_3252_size;
  assign _T_3261_source = _T_3260 ? _T_2003_source : _T_3252_source;
  assign _T_3261_address = _T_3260 ? _T_2003_address : _T_3252_address;
  assign _T_3261_mask = _T_3260 ? _T_2003_mask : _T_3252_mask;
  assign _T_3261_data = _T_3260 ? _T_2003_data : _T_3252_data;
  assign _T_3269 = 5'hb == req_cmd;
  assign _T_3270_opcode = _T_3269 ? _T_1732_opcode : _T_3261_opcode;
  assign _T_3270_param = _T_3269 ? _T_1732_param : _T_3261_param;
  assign _T_3270_size = _T_3269 ? _T_1732_size : _T_3261_size;
  assign _T_3270_source = _T_3269 ? _T_1732_source : _T_3261_source;
  assign _T_3270_address = _T_3269 ? _T_1732_address : _T_3261_address;
  assign _T_3270_mask = _T_3269 ? _T_1732_mask : _T_3261_mask;
  assign _T_3270_data = _T_3269 ? _T_1732_data : _T_3261_data;
  assign _T_3278 = 5'ha == req_cmd;
  assign _T_3279_opcode = _T_3278 ? _T_1461_opcode : _T_3270_opcode;
  assign _T_3279_param = _T_3278 ? _T_1461_param : _T_3270_param;
  assign _T_3279_size = _T_3278 ? _T_1461_size : _T_3270_size;
  assign _T_3279_source = _T_3278 ? _T_1461_source : _T_3270_source;
  assign _T_3279_address = _T_3278 ? _T_1461_address : _T_3270_address;
  assign _T_3279_mask = _T_3278 ? _T_1461_mask : _T_3270_mask;
  assign _T_3279_data = _T_3278 ? _T_1461_data : _T_3270_data;
  assign _T_3287 = 5'h9 == req_cmd;
  assign _T_3288_opcode = _T_3287 ? _T_1190_opcode : _T_3279_opcode;
  assign _T_3288_param = _T_3287 ? _T_1190_param : _T_3279_param;
  assign _T_3288_size = _T_3287 ? _T_1190_size : _T_3279_size;
  assign _T_3288_source = _T_3287 ? _T_1190_source : _T_3279_source;
  assign _T_3288_address = _T_3287 ? _T_1190_address : _T_3279_address;
  assign _T_3288_mask = _T_3287 ? _T_1190_mask : _T_3279_mask;
  assign _T_3288_data = _T_3287 ? _T_1190_data : _T_3279_data;
  assign _T_3296 = 5'h4 == req_cmd;
  assign atomics_opcode = _T_3296 ? _T_919_opcode : _T_3288_opcode;
  assign atomics_param = _T_3296 ? _T_919_param : _T_3288_param;
  assign atomics_size = _T_3296 ? _T_919_size : _T_3288_size;
  assign atomics_source = _T_3296 ? _T_919_source : _T_3288_source;
  assign atomics_address = _T_3296 ? _T_919_address : _T_3288_address;
  assign atomics_mask = _T_3296 ? _T_919_mask : _T_3288_mask;
  assign atomics_data = _T_3296 ? _T_919_data : _T_3288_data;
  assign _T_3304 = state == 2'h1;
  assign _T_3305 = req_cmd[3];
  assign _T_3307 = req_cmd == 5'h4;
  assign _T_3308 = _T_3305 | _T_3307;
  assign _T_3310 = req_cmd == 5'h0;
  assign _T_3312 = req_cmd == 5'h6;
  assign _T_3313 = _T_3310 | _T_3312;
  assign _T_3316 = _T_3313 | req_cmd_sc;
  assign _T_3321 = _T_3316 | _T_3308;
  assign _T_3322_opcode = _T_3321 ? get_opcode : put_opcode;
  assign _T_3322_param = _T_3321 ? get_param : put_param;
  assign _T_3322_size = _T_3321 ? get_size : put_size;
  assign _T_3322_source = _T_3321 ? get_source : put_source;
  assign _T_3322_address = _T_3321 ? get_address : put_address;
  assign _T_3322_mask = _T_3321 ? get_mask : put_mask;
  assign _T_3322_data = _T_3321 ? get_data : put_data;
  assign _T_3330_opcode = _T_3308 ? atomics_opcode : _T_3322_opcode;
  assign _T_3330_param = _T_3308 ? atomics_param : _T_3322_param;
  assign _T_3330_size = _T_3308 ? atomics_size : _T_3322_size;
  assign _T_3330_source = _T_3308 ? atomics_source : _T_3322_source;
  assign _T_3330_address = _T_3308 ? atomics_address : _T_3322_address;
  assign _T_3330_mask = _T_3308 ? atomics_mask : _T_3322_mask;
  assign _T_3330_data = _T_3308 ? atomics_data : _T_3322_data;
  assign _T_3338 = state == 2'h2;
  assign _T_3340 = io_resp_ready == 1'h0;
  assign _T_3341 = io_resp_valid & _T_3340;
  assign _T_3342 = _T_3338 | _T_3341;
  assign _T_3343 = state == 2'h3;
  assign _T_3358 = grant_word[63:32];
  assign _T_3359 = grant_word[31:0];
  assign _T_3360 = _T_377 ? _T_3358 : _T_3359;
  assign _T_3368 = _T_3360[31];
  assign _T_3369 = _T_182 & _T_3368;
  assign _T_3373 = _T_3369 ? 32'hffffffff : 32'h0;
  assign _T_3375 = _T_196 ? _T_3373 : _T_3358;
  assign _T_3376 = {_T_3375,_T_3360};
  assign _T_3378 = _T_3376[31:16];
  assign _T_3379 = _T_3376[15:0];
  assign _T_3380 = _T_393 ? _T_3378 : _T_3379;
  assign _T_3388 = _T_3380[15];
  assign _T_3389 = _T_182 & _T_3388;
  assign _T_3393 = _T_3389 ? 48'hffffffffffff : 48'h0;
  assign _T_3394 = _T_3376[63:16];
  assign _T_3395 = _T_191 ? _T_3393 : _T_3394;
  assign _T_3396 = {_T_3395,_T_3380};
  assign _T_3398 = _T_3396[15:8];
  assign _T_3399 = _T_3396[7:0];
  assign _T_3400 = _T_421 ? _T_3398 : _T_3399;
  assign _T_3404 = req_cmd_sc ? 8'h0 : _T_3400;
  assign _T_3407 = _T_185 | req_cmd_sc;
  assign _T_3408 = _T_3404[7];
  assign _T_3409 = _T_182 & _T_3408;
  assign _T_3413 = _T_3409 ? 56'hffffffffffffff : 56'h0;
  assign _T_3414 = _T_3396[63:8];
  assign _T_3415 = _T_3407 ? _T_3413 : _T_3414;
  assign _T_3416 = {_T_3415,_T_3404};
  assign _GEN_12 = {{63'd0}, req_cmd_sc};
  assign _T_3417 = _T_3416 | _GEN_12;
  assign _T_3419 = io_req_ready & io_req_valid;
  assign _GEN_0 = _T_3419 ? io_req_bits_addr : req_addr;
  assign _GEN_1 = _T_3419 ? io_req_bits_tag : req_tag;
  assign _GEN_2 = _T_3419 ? io_req_bits_cmd : req_cmd;
  assign _GEN_3 = _T_3419 ? io_req_bits_typ : req_typ;
  assign _GEN_4 = _T_3419 ? io_req_bits_phys : req_phys;
  assign _GEN_5 = _T_3419 ? io_req_bits_data : req_data;
  assign _GEN_6 = _T_3419 ? 2'h1 : state;
  assign _T_3420 = io_mem_access_ready & io_mem_access_valid;
  assign _GEN_7 = _T_3420 ? 2'h2 : _GEN_6;
  assign _T_3422 = _T_3338 & io_mem_ack_valid;
  assign _T_3438 = {_T_367,6'h0};
  assign _T_3439 = io_mem_ack_bits_data >> _T_3438;
  assign _T_3440 = _T_3439[63:0];
  assign _GEN_8 = _T_3321 ? _T_3440 : grant_word;
  assign _GEN_9 = _T_3422 ? 2'h3 : _GEN_7;
  assign _GEN_10 = _T_3422 ? _GEN_8 : grant_word;
  assign _T_3441 = io_resp_ready & io_resp_valid;
  assign _GEN_11 = _T_3441 ? 2'h0 : _GEN_9;
`ifdef RANDOMIZE
  integer initvar;
  initial begin
    `ifndef verilator
      #0.002 begin end
    `endif
  `ifdef RANDOMIZE_REG_INIT
  _GEN_21 = {2{$random}};
  req_addr = _GEN_21[39:0];
  `endif
  `ifdef RANDOMIZE_REG_INIT
  _GEN_22 = {1{$random}};
  req_tag = _GEN_22[6:0];
  `endif
  `ifdef RANDOMIZE_REG_INIT
  _GEN_23 = {1{$random}};
  req_cmd = _GEN_23[4:0];
  `endif
  `ifdef RANDOMIZE_REG_INIT
  _GEN_24 = {1{$random}};
  req_typ = _GEN_24[2:0];
  `endif
  `ifdef RANDOMIZE_REG_INIT
  _GEN_25 = {1{$random}};
  req_phys = _GEN_25[0:0];
  `endif
  `ifdef RANDOMIZE_REG_INIT
  _GEN_26 = {2{$random}};
  req_data = _GEN_26[63:0];
  `endif
  `ifdef RANDOMIZE_REG_INIT
  _GEN_27 = {2{$random}};
  grant_word = _GEN_27[63:0];
  `endif
  `ifdef RANDOMIZE_REG_INIT
  _GEN_28 = {1{$random}};
  state = _GEN_28[1:0];
  `endif
  `ifdef RANDOMIZE_REG_INIT
  _GEN_29 = {2{$random}};
  _GEN_13 = _GEN_29[63:0];
  `endif
  `ifdef RANDOMIZE_REG_INIT
  _GEN_30 = {1{$random}};
  _GEN_14 = _GEN_30[2:0];
  `endif
  `ifdef RANDOMIZE_REG_INIT
  _GEN_31 = {1{$random}};
  _GEN_15 = _GEN_31[2:0];
  `endif
  `ifdef RANDOMIZE_REG_INIT
  _GEN_32 = {1{$random}};
  _GEN_16 = _GEN_32[3:0];
  `endif
  `ifdef RANDOMIZE_REG_INIT
  _GEN_33 = {1{$random}};
  _GEN_17 = _GEN_33[1:0];
  `endif
  `ifdef RANDOMIZE_REG_INIT
  _GEN_34 = {1{$random}};
  _GEN_18 = _GEN_34[31:0];
  `endif
  `ifdef RANDOMIZE_REG_INIT
  _GEN_35 = {1{$random}};
  _GEN_19 = _GEN_35[15:0];
  `endif
  `ifdef RANDOMIZE_REG_INIT
  _GEN_36 = {4{$random}};
  _GEN_20 = _GEN_36[127:0];
  `endif
  end
`endif
  always @(posedge clock) begin
    if (_T_3419) begin
      req_addr <= io_req_bits_addr;
    end
    if (_T_3419) begin
      req_tag <= io_req_bits_tag;
    end
    if (_T_3419) begin
      req_cmd <= io_req_bits_cmd;
    end
    if (_T_3419) begin
      req_typ <= io_req_bits_typ;
    end
    if (_T_3419) begin
      req_phys <= io_req_bits_phys;
    end
    if (_T_3419) begin
      req_data <= io_req_bits_data;
    end
    if (_T_3422) begin
      if (_T_3321) begin
        grant_word <= _T_3440;
      end
    end
    if (reset) begin
      state <= 2'h0;
    end else begin
      if (_T_3441) begin
        state <= 2'h0;
      end else begin
        if (_T_3422) begin
          state <= 2'h3;
        end else begin
          if (_T_3420) begin
            state <= 2'h2;
          end else begin
            if (_T_3419) begin
              state <= 2'h1;
            end
          end
        end
      end
    end
  end
endmodule